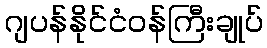
ဂျပန်နိုင်ငံဝန်ကြီးချုပ်